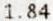
1.84